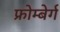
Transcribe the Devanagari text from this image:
फ्रोम्बेर्ग